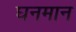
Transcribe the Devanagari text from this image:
घनमान